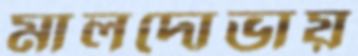
মালদোভায়